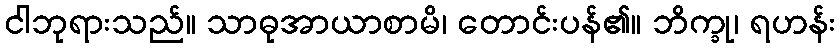
ငါဘုရားသည်။ သာဓုအာယာစာမိ၊ တောင်းပန်၏။ ဘိက္ခု၊ ရဟန်း